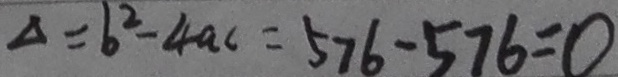
\Delta = b ^ { 2 } - 4 a c = 5 7 6 - 5 7 6 = 0